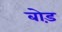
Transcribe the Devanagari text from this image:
बोड़